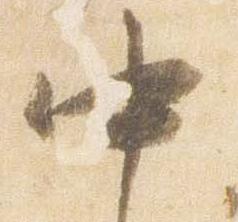
中